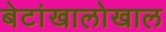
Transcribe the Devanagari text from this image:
बेटांखालोखाल